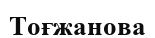
Тоғжанова